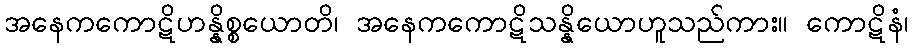
အနေကကောဋိဟန္နိစ္စယောတိ၊ အနေကကောဋိသန္နိယောဟူသည်ကား။ ကောဋိနံ၊